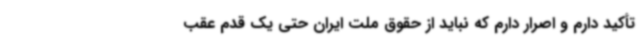
تأکید دارم و اصرار دارم که نباید از حقوق ملت ایران حتی یک قدم عقب